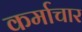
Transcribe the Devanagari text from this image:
कर्माचार